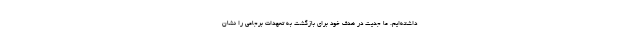
داشته‌ایم. ما جدیت در هدف خود برای بازگشت به تعهدات برجامی را نشان